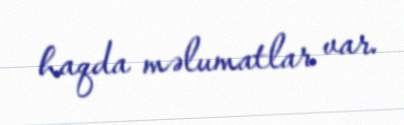
haqda məlumatlar var.